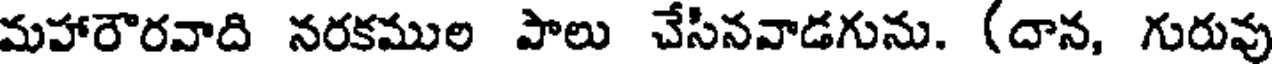
మహారౌరవాది నరకముల పాలు చేసినవాడగును. (దాన, గురువు